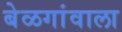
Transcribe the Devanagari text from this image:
बेळगांवाला